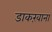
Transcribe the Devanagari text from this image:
डाकख़ाना